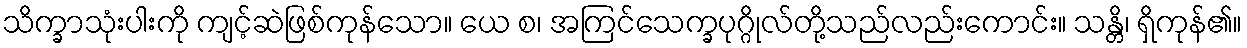
သိက္ခာသုံးပါးကို ကျင့်ဆဲဖြစ်ကုန်သော။ ယေ စ၊ အကြင်သေက္ခပုဂ္ဂိုလ်တို့သည်လည်းကောင်း။ သန္တိ၊ ရှိကုန်၏။